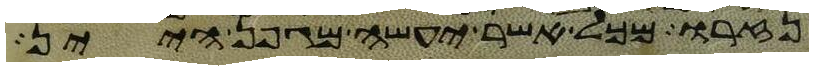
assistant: נזרו מכל אשר יעשה מגפן היין